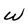
Character: W